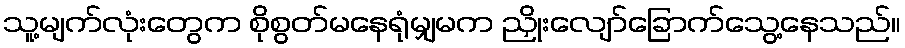
သူ့မျက်လုံးတွေက စိုစွတ်မနေရုံမျှမက ညှိုးလျော်ခြောက်သွေ့နေသည်။